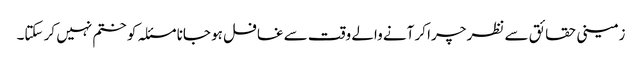
زمینی حقائق سے نظر چرا کر آنے والے وقت سے غافل ہو جانا مسئلہ کو ختم نہیں کر سکتا۔